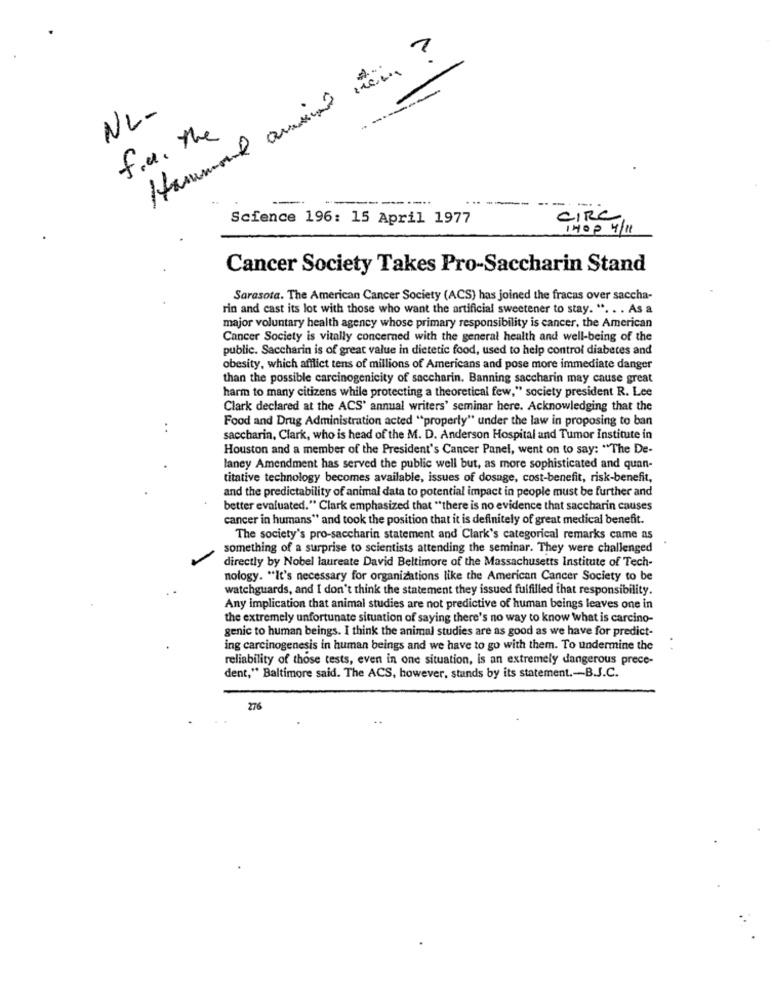
Hammond arrived mein ?
----
NL-
f.r. the
----
--
Science 196: 15 April 1977
CIRC
140 P 4/11
Cancer Society Takes Pro-Saccharin Stand
Sarasota. The American Cancer Society (ACS) has joined the fracas over saccha-
rin and cast its lot with those who want the artificial sweetener to stay. ". . . As a
major voluntary health agency whose primary responsibility is cancer, the American
Cancer Society is vitally concerned with the general health and well-being of the
public. Saccharin is of great value in dietetic food, used to help control diabetes and
obesity, which afflict tens of millions of Americans and pose more immediate danger
than the possible carcinogenicity of saccharin. Banning saccharin may cause great
harm to many citizens while protecting a theoretical few," society president R. Lee
Clark declared at the ACS' annual writers' seminar here. Acknowledging that the
Food and Drug Administration acted "properly" under the law in proposing to ban
..
saccharin, Clark, who is head of the M. D. Anderson Hospital and Tumor Institute in
Houston and a member of the President's Cancer Panel, went on to say: "The De-
laney Amendment has served the public well but, as more sophisticated and quan-
titative technology becomes available, issues of dosage, cost-benefit, risk-benefit,
and the predictability of animal data to potential impact in people must be further and
better evaluated." Clark emphasized that "there is no evidence that saccharin causes
cancer in humans" and took the position that it is definitely of great medical benefit.
The society's pro-saccharin statement and Clark's categorical remarks came as
something of a surprise to scientists attending the seminar. They were challenged
directly by Nobel laureate David Beltimore of the Massachusetts Institute of Tech-
nology. "It's necessary for organizations like the American Cancer Society to be
watchguards, and I don't think the statement they issued fulfilled that responsibility.
Any implication that animal studies are not predictive of human beings leaves one in
the extremely unfortunate situation of saying there's no way to know what is carcino-
genic to human beings. I think the animal studies are as good as we have for predict-
ing carcinogenesis in human beings and we have to go with them. To undermine the
reliability of those tests, even in one situation, is an extremely dangerous prece-
dent," Baltimore said. The ACS, however, stands by its statement .- B.J.C.
276